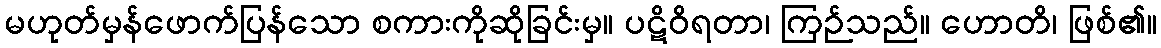
မဟုတ်မှန်ဖောက်ပြန်သော စကားကိုဆိုခြင်းမှ။ ပဋိဝိရတာ၊ ကြဉ်သည်။ ဟောတိ၊ ဖြစ်၏။